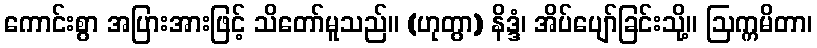
ကောင်းစွာ အပြားအားဖြင့် သိတော်မူသည်။ (ဟုတွာ) နိဒ္ဒံ၊ အိပ်ပျော်ခြင်းသို့။ ဩက္ကမိတာ၊